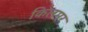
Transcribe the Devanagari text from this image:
किलमर